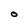
Character: O